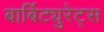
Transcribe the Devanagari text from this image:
बार्बिट्युरेट्स